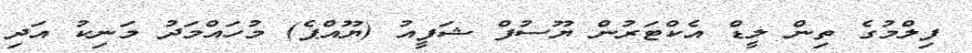
ފިލްމުގެ ތިން ލީޑް އެކްޓަރުން ޔޫސުފް ޝަފީއު (ޔޫއްޕެ) މުހައްމަދު މަނިކު އަދި